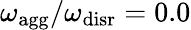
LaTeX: {\omega_{\mathrm{agg}}/\omega_{\mathrm{disr}}=0.0}